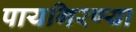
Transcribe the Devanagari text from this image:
पायगिरण्या